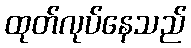
ထုတ်လုပ်နေသည်